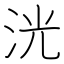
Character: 洸